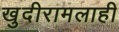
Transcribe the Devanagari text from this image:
खुदीरामलाही